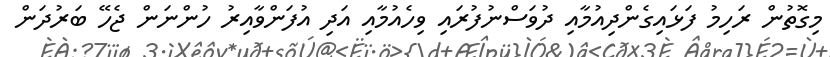
މިގޮތުން ރަހިމު ފަޅައިގެންދިއުމާއި ދުވަސްނުފުރައި ވިހެއުމާއި އަދި އުފަންވާއިރު ހުންނަން ޖެހޭ ބަރުދަން